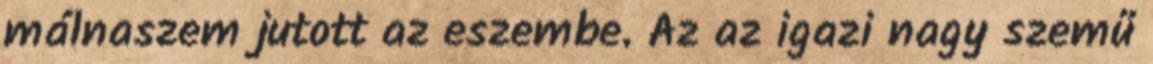
málnaszem jutott az eszembe. Az az igazi nagy szemű